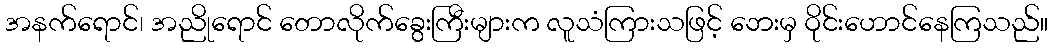
အနက်ရောင်၊ အညိုရောင် တောလိုက်ခွေးကြီးများက လူသံကြားသဖြင့် ဘေးမှ ဝိုင်းဟောင်နေကြသည်။